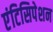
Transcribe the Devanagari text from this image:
एंटिसिपेशन